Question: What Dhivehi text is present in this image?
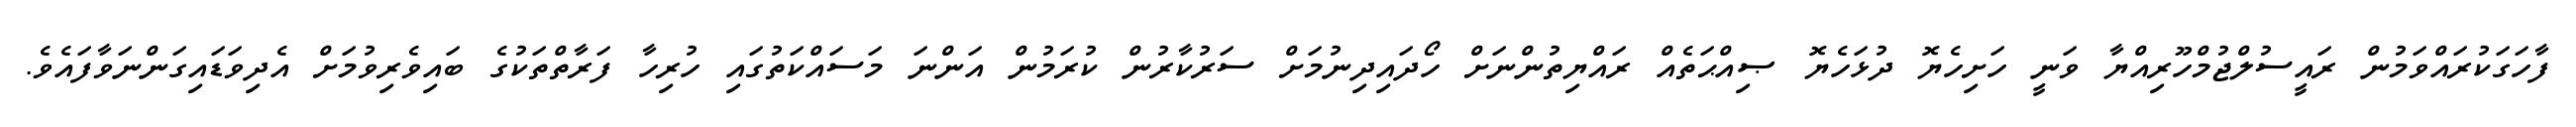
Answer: ފާހަގަކުރައްވަމުން ރައީސުލްޖުމްހޫރިއްޔާ ވަނީ ހަށިހެޔޮ ދުޅަހެޔޮ ޞިއްޙަތެއް ރައްޔިތުންނަށް ހޯދައިދިނުމަށް ސަރުކާރުން ކުރަމުން އަންނަ މަސައްކަތުގައި ހުރިހާ ފަރާތްތަކުގެ ބައިވެރިވުމަށް އެދިވަޑައިގަންނަވާފައެވެ.